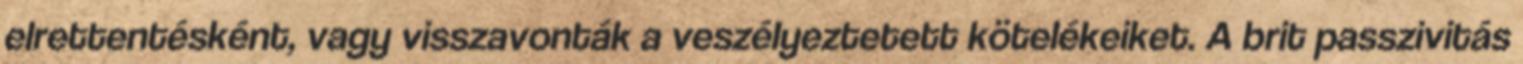
elrettentésként, vagy visszavonták a veszélyeztetett kötelékeiket. A brit passzivitás